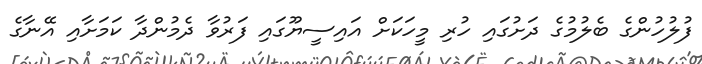
ފުލުހުންގެ ބެލުމުގެ ދަށުގައި ހުރި މީހަކަށް އައިސީޔޫގައި ފަރުވާ ދެމުންދާ ކަމަށާއި އޭނާގެ